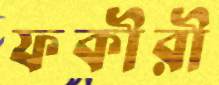
ফকীরী